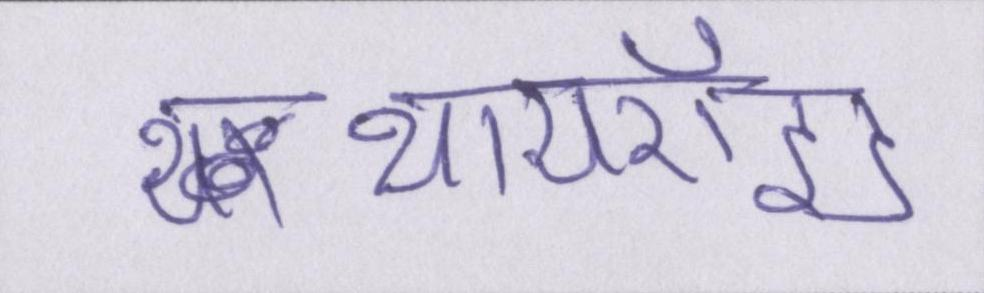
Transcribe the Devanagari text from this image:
थायरॉइड